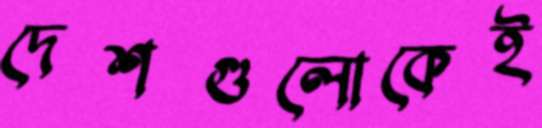
দেশগুলোকেই